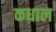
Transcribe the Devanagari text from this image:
कधाल